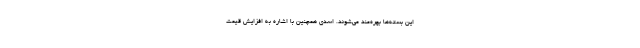
این بسته‌ها بهره‌مند می‌شوند. اسدی همچنین با اشاره به افزایش قیمت